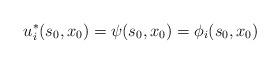
LaTeX: \begin{align*} u^*_i(s_0,x_0) = \psi(s_0,x_0)= \phi_i(s_0,x_0)\end{align*}